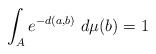
LaTeX: \begin{align*}\int_A e^{-d(a,b)} \ d\mu(b) = 1\end{align*}